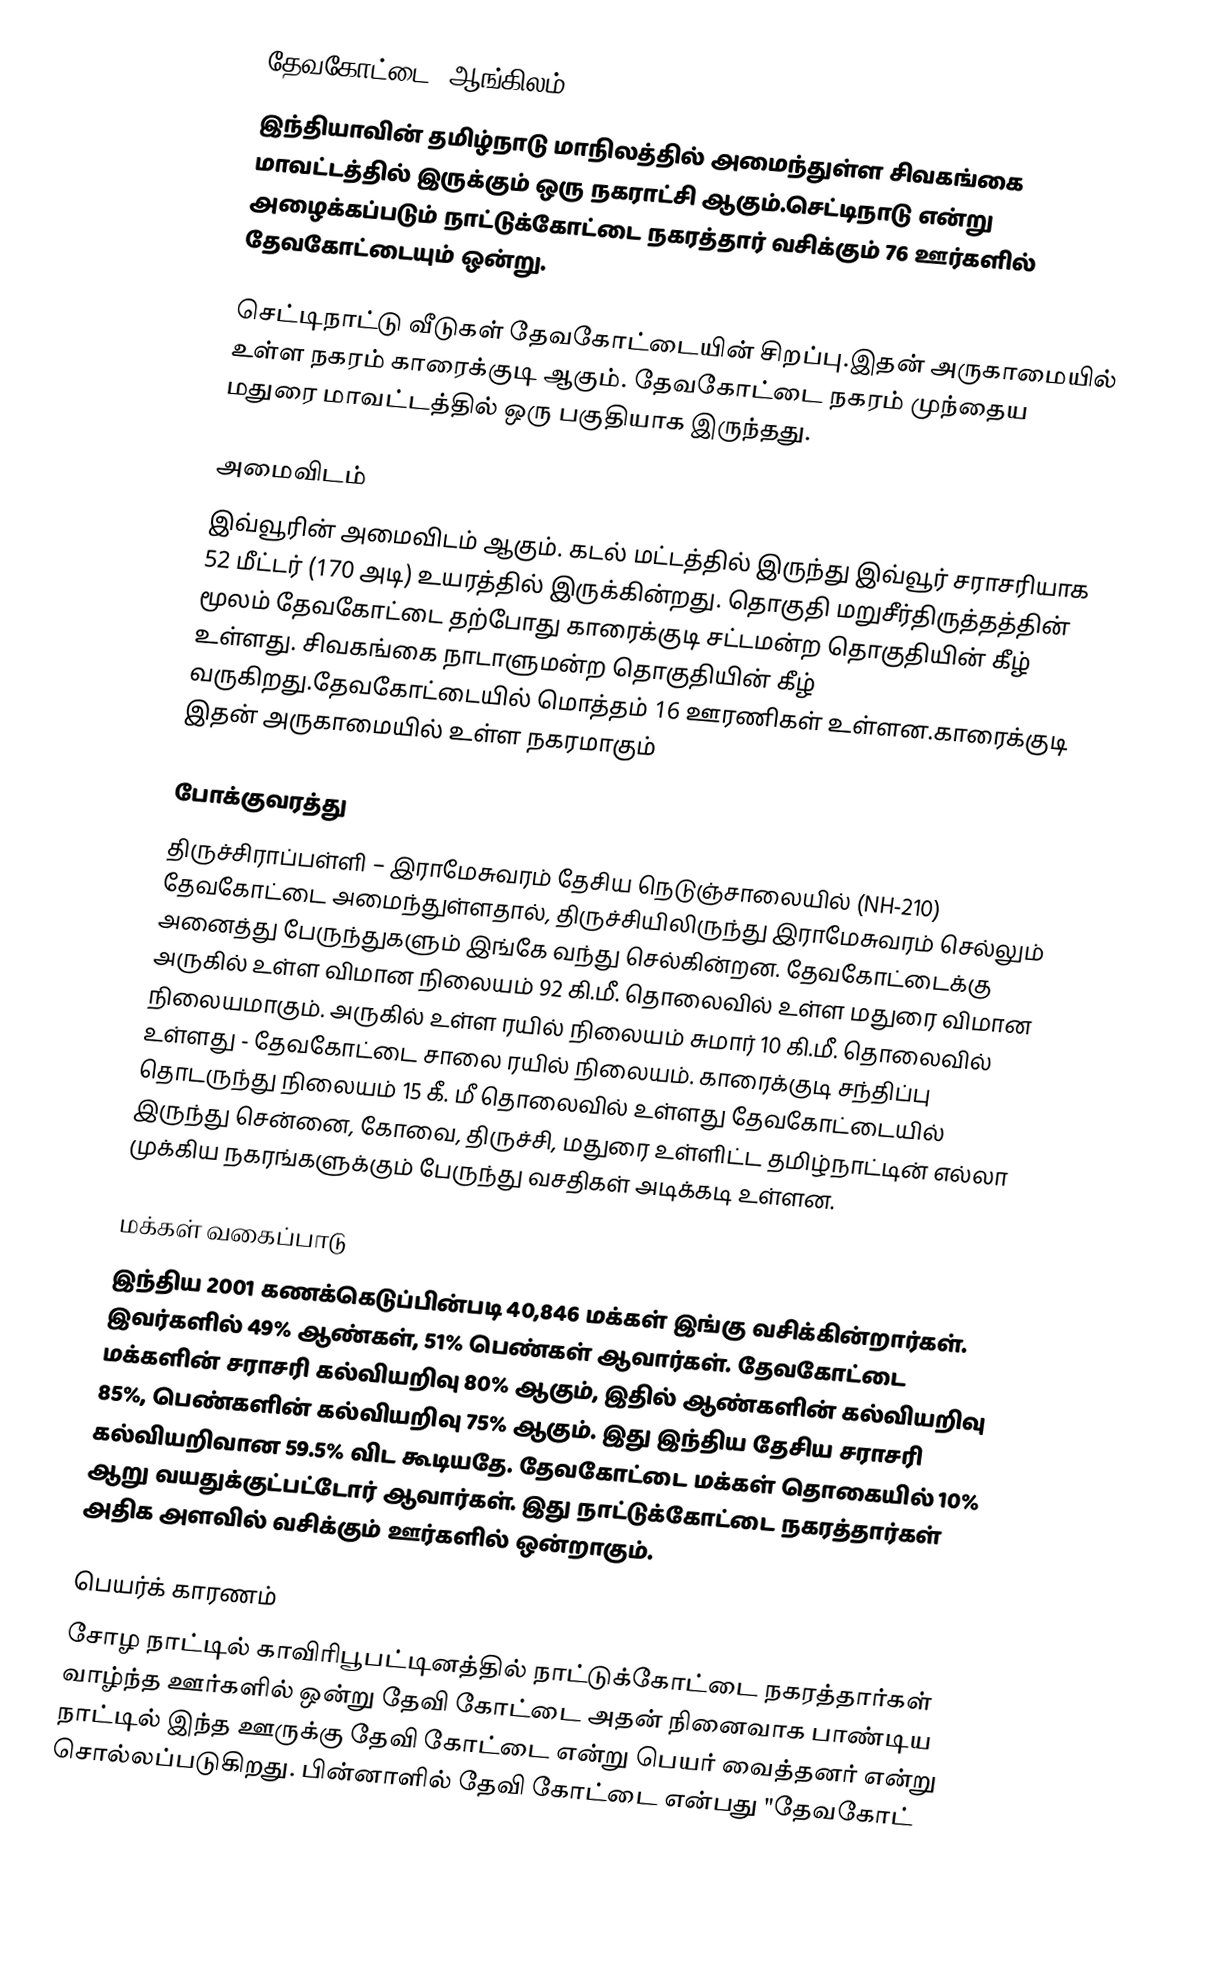
தேவகோட்டை (ஆங்கிலம்:Devakottai),
இந்தியாவின் தமிழ்நாடு மாநிலத்தில் அமைந்துள்ள சிவகங்கை மாவட்டத்தில் இருக்கும் ஒரு நகராட்சி ஆகும்.செட்டிநாடு என்று அழைக்கப்படும் நாட்டுக்கோட்டை நகரத்தார் வசிக்கும் 76 ஊர்களில் தேவகோட்டையும் ஒன்று.

செட்டிநாட்டு வீடுகள் தேவகோட்டையின் சிறப்பு.இதன் அருகாமையில் உள்ள நகரம் காரைக்குடி ஆகும். தேவகோட்டை  நகரம் முந்தைய மதுரை மாவட்டத்தில் ஒரு பகுதியாக இருந்தது.

அமைவிடம்
இவ்வூரின் அமைவிடம்  ஆகும். கடல் மட்டத்தில் இருந்து இவ்வூர் சராசரியாக 52 மீட்டர் (170 அடி) உயரத்தில் இருக்கின்றது. தொகுதி மறுசீர்திருத்தத்தின் மூலம் தேவகோட்டை தற்போது காரைக்குடி சட்டமன்ற தொகுதியின் கீழ் உள்ளது. சிவகங்கை நாடாளுமன்ற தொகுதியின் கீழ் வருகிறது.தேவகோட்டையில் மொத்தம் 16 ஊரணிகள் உள்ளன.காரைக்குடி இதன் அருகாமையில் உள்ள நகரமாகும்

போக்குவரத்து
திருச்சிராப்பள்ளி – இராமேசுவரம் தேசிய நெடுஞ்சாலையில் (NH-210) தேவகோட்டை அமைந்துள்ளதால், திருச்சியிலிருந்து இராமேசுவரம் செல்லும் அனைத்து பேருந்துகளும் இங்கே வந்து செல்கின்றன. தேவகோட்டைக்கு அருகில் உள்ள விமான நிலையம் 92 கி.மீ. தொலைவில் உள்ள  மதுரை விமான நிலையமாகும். அருகில் உள்ள ரயில் நிலையம் சுமார் 10 கி.மீ. தொலைவில் உள்ளது - தேவகோட்டை சாலை ரயில் நிலையம். காரைக்குடி சந்திப்பு தொடருந்து நிலையம் 15 கீ. மீ தொலைவில் உள்ளது தேவகோட்டையில் இருந்து சென்னை, கோவை, திருச்சி, மதுரை உள்ளிட்ட தமிழ்நாட்டின் எல்லா முக்கிய நகரங்களுக்கும் பேருந்து வசதிகள் அடிக்கடி உள்ளன.

மக்கள் வகைப்பாடு
இந்திய 2001 கணக்கெடுப்பின்படி 40,846 மக்கள் இங்கு வசிக்கின்றார்கள். இவர்களில் 49% ஆண்கள், 51% பெண்கள் ஆவார்கள். தேவகோட்டை மக்களின் சராசரி கல்வியறிவு 80% ஆகும்,  இதில் ஆண்களின் கல்வியறிவு 85%,  பெண்களின் கல்வியறிவு 75% ஆகும். இது இந்திய தேசிய சராசரி கல்வியறிவான 59.5% விட கூடியதே. தேவகோட்டை மக்கள் தொகையில் 10%  ஆறு வயதுக்குட்பட்டோர் ஆவார்கள். இது நாட்டுக்கோட்டை நகரத்தார்கள் அதிக அளவில் வசிக்கும் ஊர்களில் ஒன்றாகும்.

பெயர்க் காரணம்
சோழ நாட்டில் காவிரிபூபட்டினத்தில் நாட்டுக்கோட்டை நகரத்தார்கள் வாழ்ந்த ஊர்களில் ஒன்று தேவி கோட்டை அதன் நினைவாக பாண்டிய நாட்டில் இந்த ஊருக்கு தேவி கோட்டை என்று பெயர் வைத்தனர் என்று சொல்லப்படுகிறது. பின்னாளில் தேவி கோட்டை என்பது  "தேவகோட்